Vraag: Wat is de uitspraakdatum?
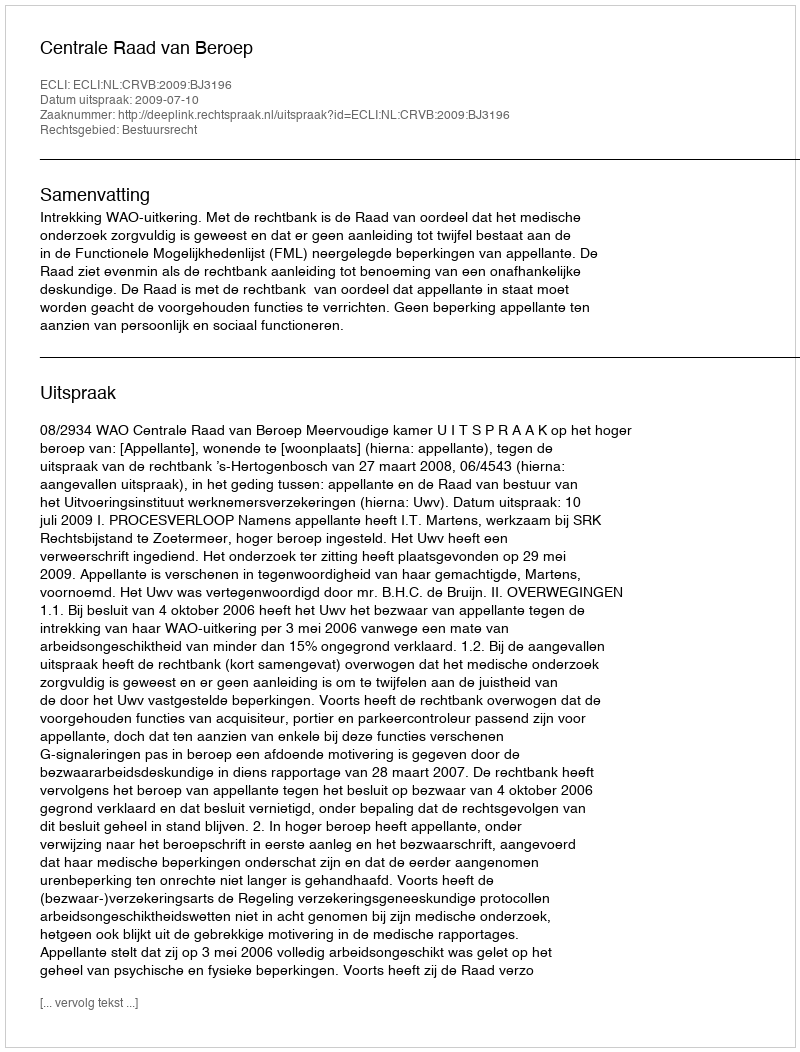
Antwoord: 2009-07-10